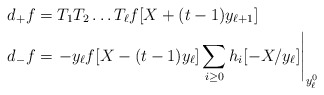
\begin{align*}d_+ f &= T_1 T_2 \ldots T_{\ell} f[X + (t-1)y_{\ell+1}] \\d_- f &= \left. -y_{\ell} f[X - (t-1)y_{\ell}] \sum_{i \geq 0} h_i[-X/y_{\ell}] \right|_{y_{\ell}^0}\end{align*}